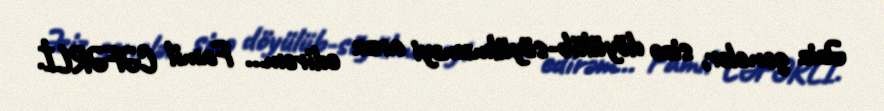
Əziz gənclər, sizə döyülüb-söyülməməyi arzu edirəm... Famil CƏFƏRLİ.